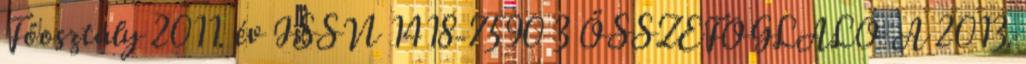
Főosztály 2011. év ISSN 1418-7590 3 ÖSSZEFOGLALÓ A 2013.